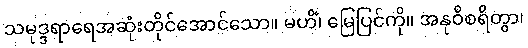
သမုဒ္ဒရာရေအဆုံးတိုင်အောင်သော။ မဟိံ၊ မြေပြင်ကို။ အနုဝိစရိတွာ၊